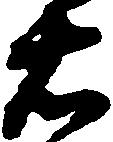
右